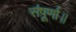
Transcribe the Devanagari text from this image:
संपूर्णा॥